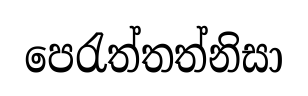
පෙරැත්තත්නිසා